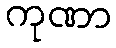
ကုဏာ